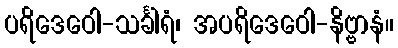
ပရိဒေဝေါ-သင်္ခါရံ၊ အပရိဒေဝေါ-နိဗ္ဗာနံ။